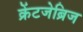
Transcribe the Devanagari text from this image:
क्रेंटजेब्रिज